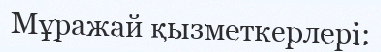
Мұражай қызметкерлері: